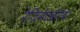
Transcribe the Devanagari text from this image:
रेजिमेंटबरोबर